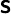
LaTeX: \mathsf{s}